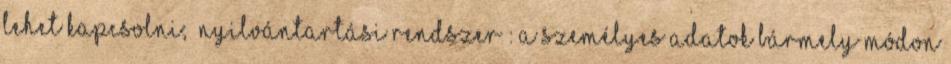
lehet kapcsolni; „nyilvántartási rendszer”: a személyes adatok bármely módon